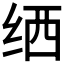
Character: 𬘟